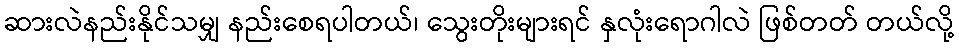
ဆားလဲနည်းနိုင်သမျှ နည်းစေရပါတယ်၊ သွေးတိုးများရင် နှလုံးရောဂါလဲ ဖြစ်တတ် တယ်လို့